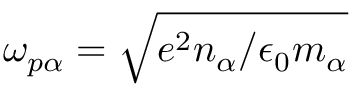
\omega _ { p \alpha } = \sqrt { e ^ { 2 } n _ { \alpha } / \epsilon _ { 0 } m _ { \alpha } }